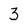
Character: 3